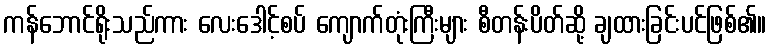
ကန်ဘောင်ရိုးသည်ကား လေးဒေါင့်စပ် ကျောက်တုံးကြီးများ စီတန်းပိတ်ဆို့ ချထားခြင်းပင်ဖြစ်၏။